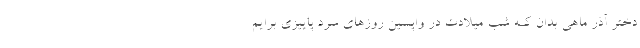
دختر آذر ماهی بدان کـه شب میلادت در واپسین روزهای سرد پاییزی برایم